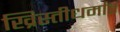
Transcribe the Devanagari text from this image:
ख्रिस्तीधर्मात